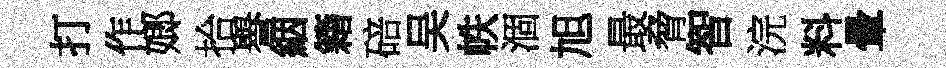
打作嫏拾譽絪籍碚吴帙涸旭最脅智浣料暈